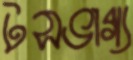
টসভাগ্য